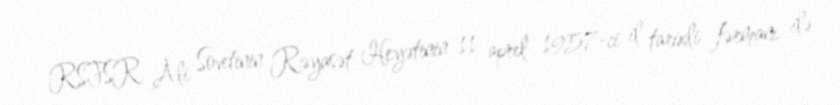
RSFSR Ali Sovetinin Rəyasət Heyətinin 11 aprel 1957-ci il tarixli fərmanı ilə